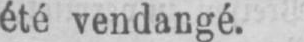
été vendangé.